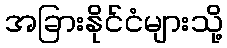
အခြားနိုင်ငံများသို့